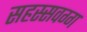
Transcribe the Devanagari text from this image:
सहस्सवग्ग